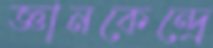
জ্ঞানকেন্দ্রে